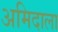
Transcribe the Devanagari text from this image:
अमिदाला